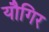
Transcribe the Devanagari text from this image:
यौगिर